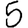
Digit: 5